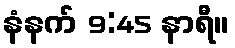
နံနက် 9:45 နာရီ။